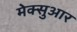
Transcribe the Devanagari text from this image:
मेक्सुआर